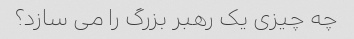
چه چیزی یک رهبر بزرگ را می سازد؟